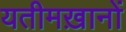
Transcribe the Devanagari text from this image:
यतीमख़ानों